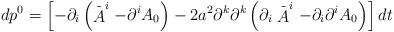
\begin{align*}dp^0=\left[ -\partial _i\left( \stackrel{\_}{A}^i-\partial ^iA_0\right)-2a^2\partial ^k\partial ^k\left( \partial _i\stackrel{\_}{A}^i-\partial_i\partial ^iA_0\right) \right] dt\end{align*}